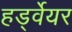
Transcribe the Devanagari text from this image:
हर्ड्वेयर